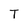
Character: T